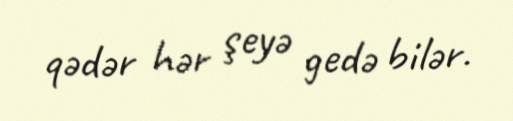
qədər hər şeyə gedə bilər.